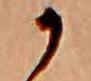
か